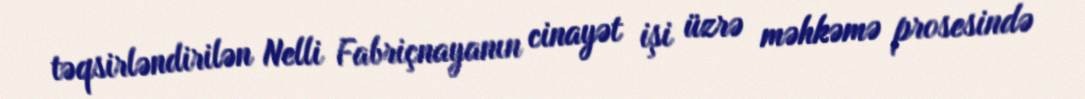
təqsirləndirilən Nelli Fabriçnayanın cinayət işi üzrə məhkəmə prosesində